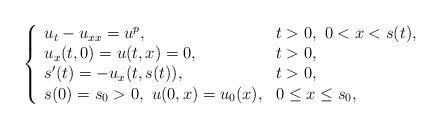
LaTeX: \begin{align*}\left\{\begin{array}{ll}u_t - u_{xx} = u^{p}, & t>0,\ 0< x <s(t),\\u_x(t,0) = u(t,x) =0, & t >0,\\s^{\prime}(t) = - u_x(t,s(t)), & t>0,\\ s(0)= s_0>0,\ u(0,x) = u_0(x), & 0 \leq x \leq s_0,\end{array}\right.\end{align*}